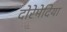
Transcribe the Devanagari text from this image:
दोरेमेदिया